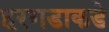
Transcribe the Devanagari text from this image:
हरगडाकडे